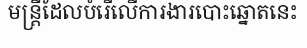
មន្ត្រីដែលបំរើលើការងារបោះឆ្នោតនេះ